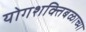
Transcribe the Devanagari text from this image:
योगशक्तिबळाच्या